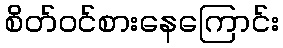
စိတ်ဝင်စားနေကြောင်း